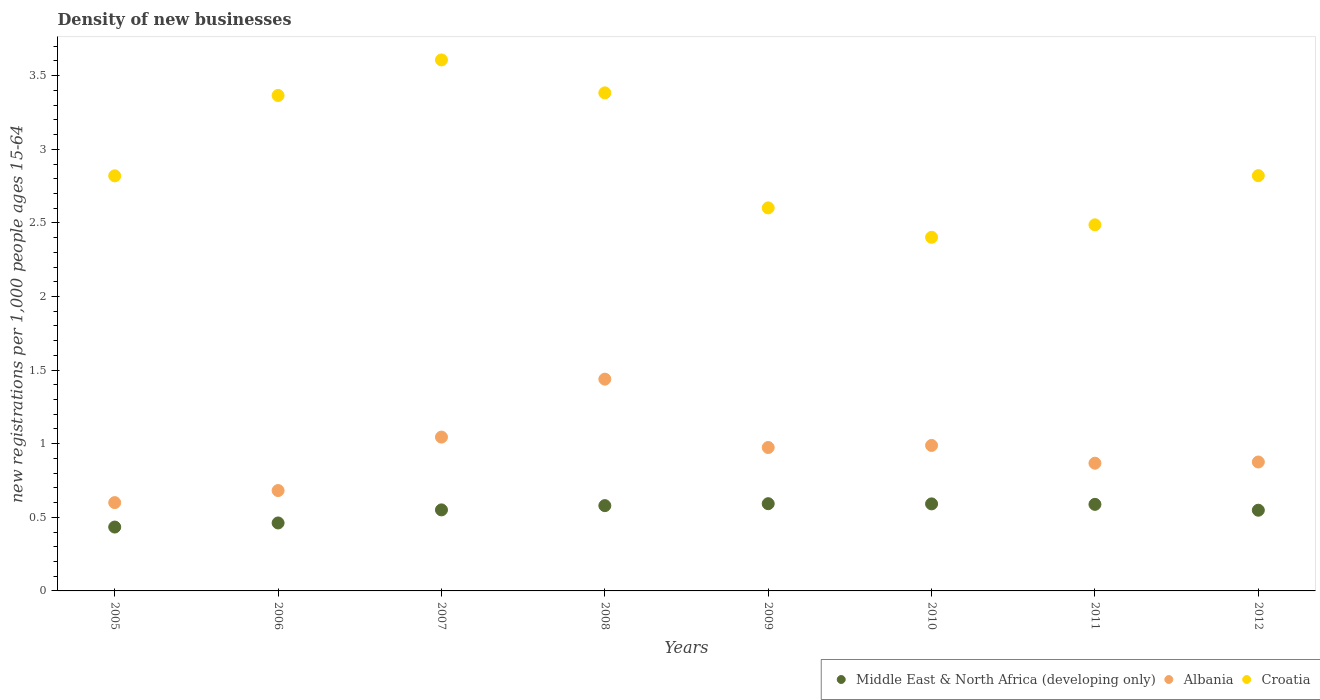
| Years | Middle East & North Africa (developing only) | Albania | Croatia |
 | --- | --- | --- | --- |
 | 2005 | 0.434 | 0.6 | 2.82 |
 | 2006 | 0.462 | 0.682 | 3.37 |
 | 2007 | 0.55 | 1.04 | 3.61 |
 | 2008 | 0.579 | 1.44 | 3.38 |
 | 2009 | 0.593 | 0.974 | 2.6 |
 | 2010 | 0.591 | 0.988 | 2.4 |
 | 2011 | 0.588 | 0.868 | 2.49 |
 | 2012 | 0.548 | 0.876 | 2.82 |